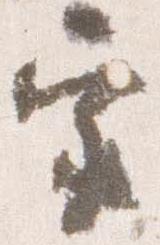
宗